Indian journal of veterinary science and animal husbandry - Volume 2,
Year: 1932
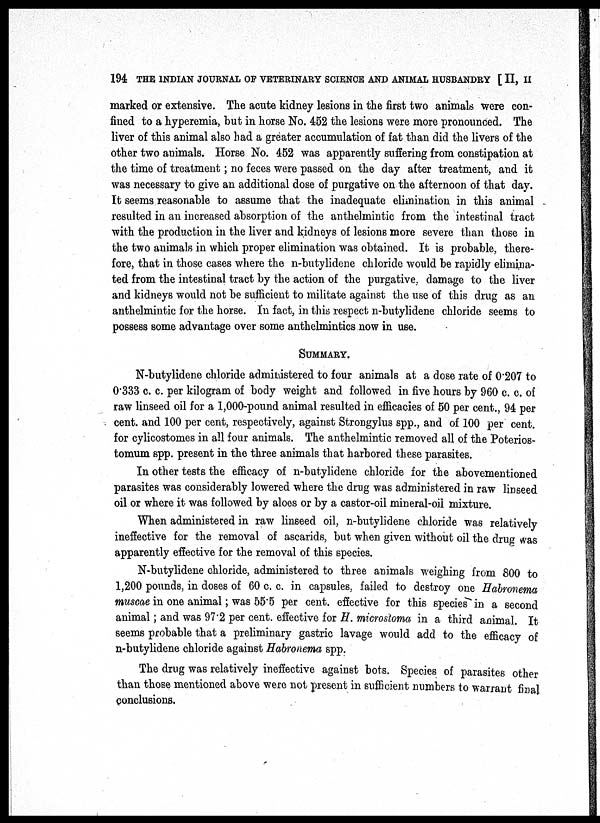
194 THE INDIAN JOURNAL OF VETERINARY SCIENCE AND ANIMAL HUSBANDRY [ II, II
marked or extensive. The acute kidney lesions in the first two animals were con-
fined to a hyperemia, but in horse No. 452 the lesions were more pronounced. The
liver of this animal also had a greater accumulation of fat than did the livers of the
other two animals. Horse No. 452 was apparently suffering from constipation at
the time of treatment; no feces were passed on the day after treatment, and it
was necessary to give an additional dose of purgative on the afternoon of that day.
It seems reasonable to assume that the inadequate elimination in this animal
resulted in an increased absorption of the anthelmintic from the intestinal tract
with the production in the liver and kidneys of lesions more severe than those in
the two animals in which proper elimination was obtained. It is probable, there-
fore, that in those cases where the n-butylidene chloride would be rapidly elimina-
ted from the intestinal tract by the action of the purgative, damage to the liver
and kidneys would not be sufficient to militate against the use of this drug as an
anthelmintic for the horse. In fact, in this respect n-butylidene chloride seems to
possess some advantage over some anthelmintics now in use.
SUMMARY.
N-butylidene chloride administered to four animals at a dose rate of 0.207 to
0.333 c. c. per kilogram of body weight and followed in five hours by 960 c. c. of
raw linseed oil for a 1,000-pound animal resulted in efficacies of 50 per cent., 94 per
cent. and 100 per cent, respectively, against Strongylus spp., and of 100 per cent.
for cylicostomes in all four animals. The anthelmintic removed all of the Poterios¬
tomum spp. present in the three animals that harbored these parasites.
In other tests the efficacy of n-butylidene chloride for the abovementioned
parasites was considerably lowered where the drug was administered in raw linseed
oil or where it was followed by aloes or by a castor-oil mineral-oil mixture.
When administered in raw linseed oil, n-butylidene chloride was relatively
ineffective for the removal of ascarids, but when given without oil the drug was
apparently effective for the removal of this species.
N-butylidene chloride, administered to three animals weighing from 800 to
1,200 pounds, in doses of 60 c. c. in capsules, failed to destroy one Habronema
muscae in one animal; was 55.5 per cent. effective for this species in a second
animal; and was 97.2 per cent. effective for H. microstoma in a third animal. It
seems probable that a preliminary gastric lavage would add to the efficacy of
n-butylidene chloride against Habronema spp.
The drug was relatively ineffective against bots. Species of parasites other
than those mentioned above were not present in sufficient numbers to warrant final
conclusions.